Problem: 50 - 33 = ?
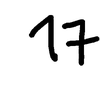
Handwritten answer: 17